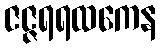
ဇဇ္ဇရရထကေန